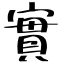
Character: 實